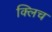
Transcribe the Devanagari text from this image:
क्लिच